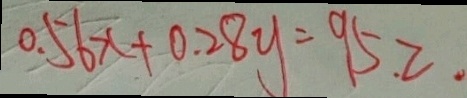
0 . 5 6 x + 0 . 2 8 y = 9 5 . 2 .